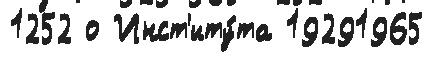
1252 о Инст'иту́та 19291965